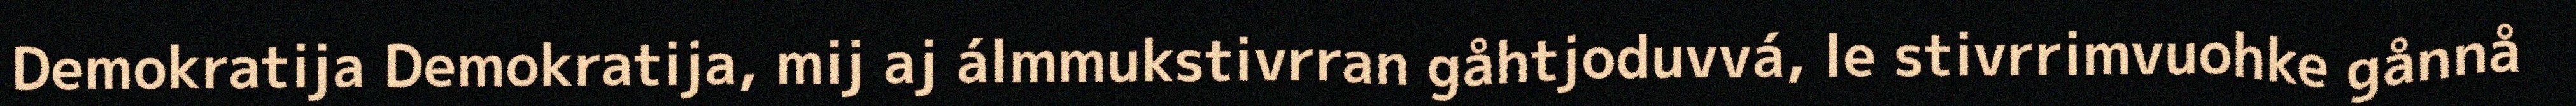
Demokratija Demokratija, mij aj álmmukstivrran gåhtjoduvvá, le stivrrimvuohke gånnå